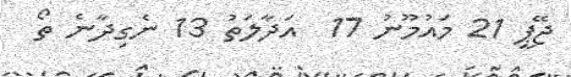
ޖޭޕީ 21 މައުމޫނު 17  އަދާލަތު 13 ނެގިދާނެ ތޯ